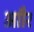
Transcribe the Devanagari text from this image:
आौर